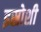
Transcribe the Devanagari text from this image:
इस्रोशी